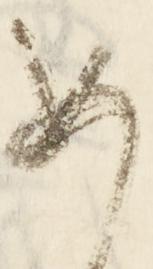
め